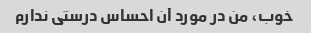
خوب، من در مورد آن احساس درستی ندارم